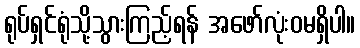
ရုပ်ရှင်ရုံသို့သွားကြည့်ရန် အဖော်လုံးဝမရှိပါ။